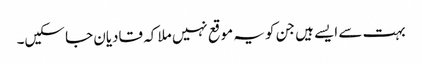
بہت سے ایسے ہیں جن کو یہ موقع نہیں ملا کہ قادیان جا سکیں۔